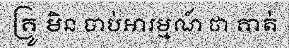
គ្រូ មិន ចាប់អារម្មណ៍ ថា គាត់